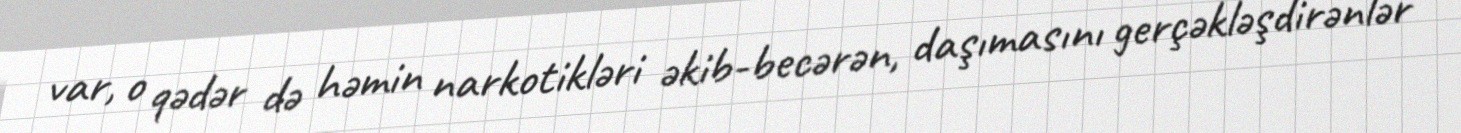
var, o qədər də həmin narkotikləri əkib-becərən, daşımasını gerçəkləşdirənlər